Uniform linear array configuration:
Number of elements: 24
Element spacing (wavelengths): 0.25
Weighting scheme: kaiser
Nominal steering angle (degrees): -30
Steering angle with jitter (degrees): -29.69
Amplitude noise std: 0.05
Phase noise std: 0.05

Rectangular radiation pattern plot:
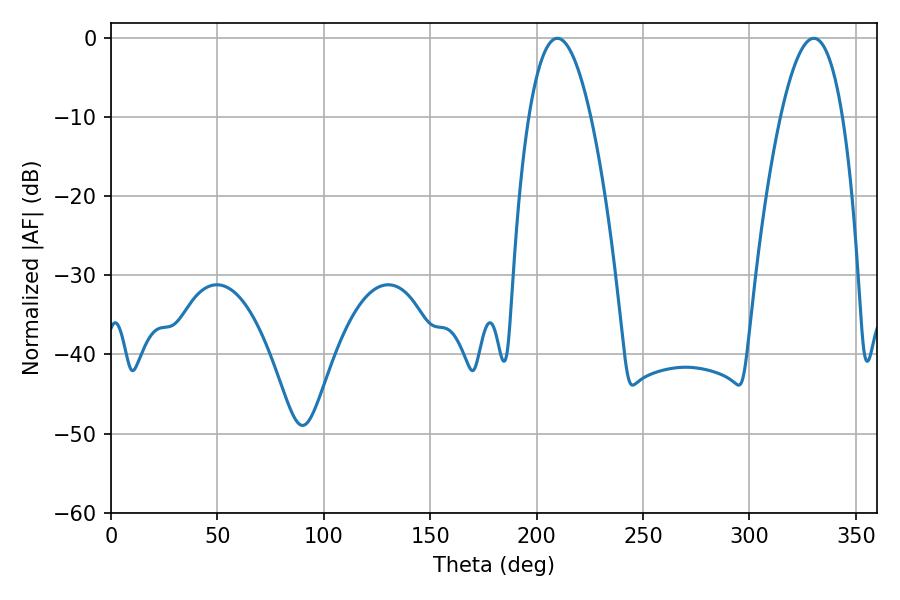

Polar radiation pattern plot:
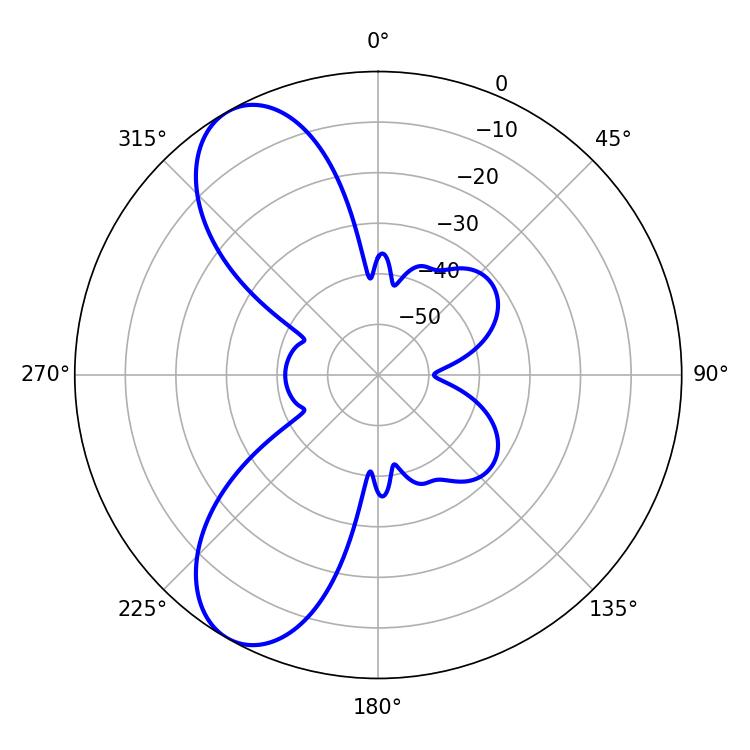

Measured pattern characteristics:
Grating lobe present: FALSE
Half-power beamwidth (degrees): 16.02
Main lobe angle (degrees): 209.7